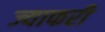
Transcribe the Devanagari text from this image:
ज्याफरी